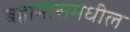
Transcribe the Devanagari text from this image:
बहामासमधील